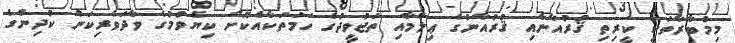
މިމުބާރާތަކީ ކީރިތި ޤުރުއާނާއި ޤުރުއާނުގެ ޢިލްމާއި ތަޖުވީދުގެ ހަމަތަކާއެކޮށް ކިޔެވުމުގެ ވާދަވެރިކަން ކުދިންގެ